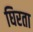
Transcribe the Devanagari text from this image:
घिरता